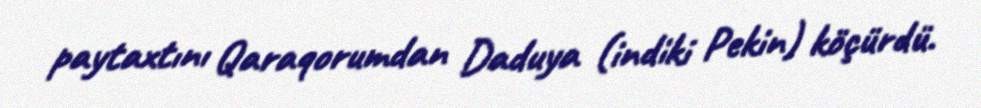
paytaxtını Qaraqorumdan Daduya (indiki Pekin) köçürdü.